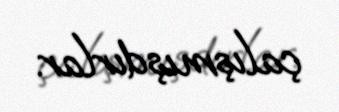
çalışmışdırlar.